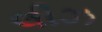
લીઝ